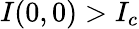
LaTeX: I(0,0)>I_{c}